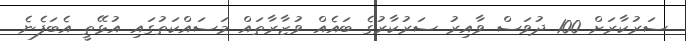
ސަރުކާރަށް 100 ދުވަސް ވާއިރު ސަރުކާރުގެ ބައެއް ވުޒާރާތައް މަސައްކަތުގައި އުޅޭތީ އެބަފެނެ